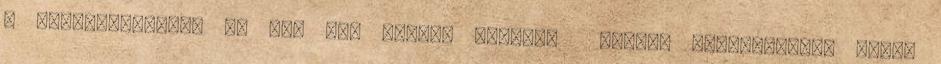
a karakterekben, de ezt nem nagyon akarták tudták kihasználni, főleg